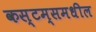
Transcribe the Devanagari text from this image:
कस्टम्समधील